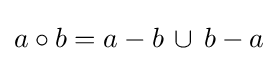
a\circ b=a-b\,\cup \,b-a